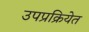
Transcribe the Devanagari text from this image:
उपप्रक्रियेत